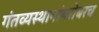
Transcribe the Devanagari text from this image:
गंतव्यस्थानांबरोबरच